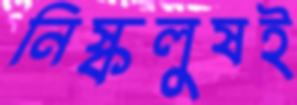
নিষ্কলুষই